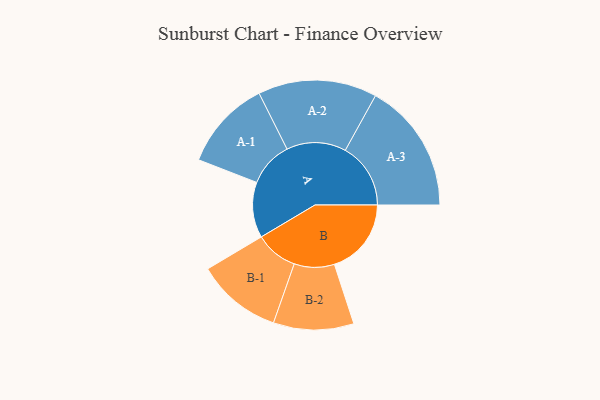
{"axis": {"x": "Segment", "y": "Value"}, "legend": ["", "A", "B"], "data": [{"x": "A", "y": 245, "type": ""}, {"x": "B", "y": 339, "type": ""}, {"x": "A-1", "y": 199, "type": "A"}, {"x": "A-2", "y": 262, "type": "A"}, {"x": "A-3", "y": 288, "type": "A"}, {"x": "B-1", "y": 188, "type": "B"}, {"x": "B-2", "y": 177, "type": "B"}]}